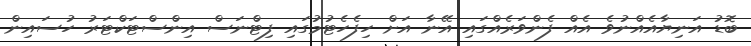
ބޮޑު އަނިޔާއެއްނުވެ އެއް ފެންވަރެއްގައި އޭނާ އަށް ހިފެހެޓުމުގައި ފިޓްނަސް އިންސްޓަކްޓަރު ހުސައިން